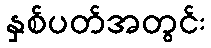
နှစ်ပတ်အတွင်း